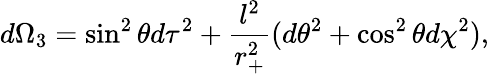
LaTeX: d\Omega_{3}=\sin^{2}\theta d\tau^{2}+\frac{l^{2}}{r_{+}^{2}}(d\theta^{2}+\cos^{2}\theta d\chi^{2}),